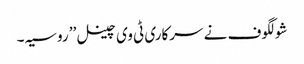
شولگوف نے سرکاری ٹی وی چینل ’’ روسیہ ۔